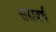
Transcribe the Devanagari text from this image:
सद्यवर्ष